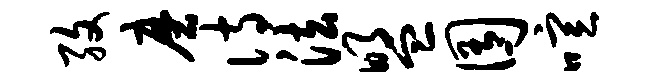
孜磨诗法盟囿喧